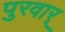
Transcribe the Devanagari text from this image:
पुरवार्